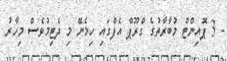
- 3 ޕޮއިންޓް މުބާރާތުގެ ގްރޫޕް އެފްގައި ހިމެނޭ މި ދެޓިމުވެސް މިހާރު